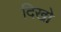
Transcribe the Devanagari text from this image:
दिखो